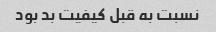
نسبت به قبل کیفیت بد بود